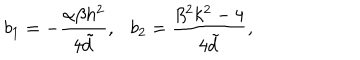
b _ { 1 } = - \frac { \alpha \beta h ^ { 2 } } { 4 { \tilde { d } } } , b _ { 2 } = \frac { \beta ^ { 2 } k ^ { 2 } - 4 } { 4 { \tilde { d } } } ,